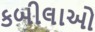
કબીલાઓ